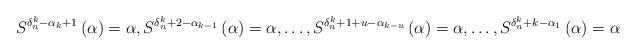
LaTeX: \begin{align*} S^{\delta_n^k-\alpha_k + 1 }\left (\alpha \right )=\alpha, S^{\delta_n^k+2-\alpha_{k-1}}\left (\alpha \right )=\alpha, \dots, S^{\delta_n^k+1+u-\alpha_{k-u}}\left (\alpha \right )=\alpha, \dots, S^{\delta_n^k+k-\alpha_{1}}\left (\alpha \right )=\alpha\end{align*}